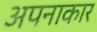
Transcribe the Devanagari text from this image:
अपनाकार